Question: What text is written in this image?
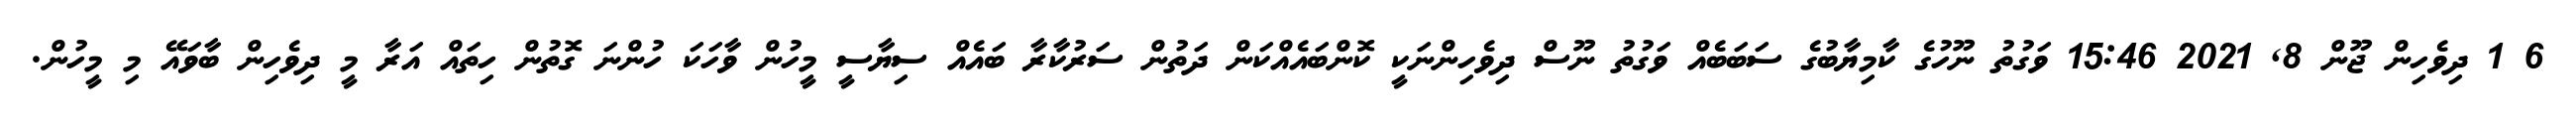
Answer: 6 1 ދިވެހިން ޖޫން 8, 2021 15:46 ވަގުތު ނޫހުގެ ކާމިޔާބުގެ ސަބަބެއް ވަގުތު ނޫސް ދިވެހިންނަކީ ކޮންބައެއްކަން ދަތުން ސަރުކާރާ ބައެއް ސިޔާސީ މީހުން ވާހަކަ ހުންނަ ގޮތުން ހިތައް އަރާ މީ ދިވެހިން ބާވައޭ މި މީހުން.